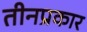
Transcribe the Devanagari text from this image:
तीनप्रकार